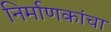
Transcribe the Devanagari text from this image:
निर्माणकांचा